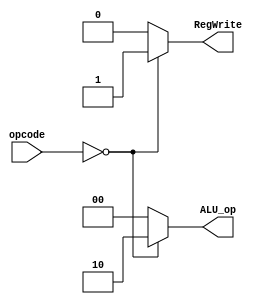
module Control(
    // Outputs
    output RegWrite,
    output [1:0] ALU_op,
    // Inputs
    input [5:0] opcode
);
    
    assign RegWrite = (opcode == 6'b000000) ? 1'b1 : 1'b0;
    assign ALU_op = (opcode == 6'b000000) ? 2'b10 : 2'b00;

endmodule